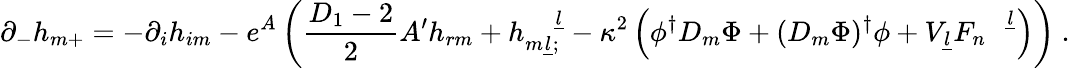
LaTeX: \partial_{-}h_{m+}=-\partial_{i}h_{im}-e^{A}\left(\frac{D_{1}-2}{2}A^{\prime}h_{rm}+h_{m\underline{{l}};}^{\quad\underline{{l}}}-\kappa^{2}\left(\phi^{\dagger}D_{m}\Phi+(D_{m}\Phi)^{\dagger}\phi+V_{\underline{{l}}}F_{n}^{\quad\underline{{l}}}\right)\right)~.